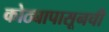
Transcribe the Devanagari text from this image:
कोठ्यापासूनची